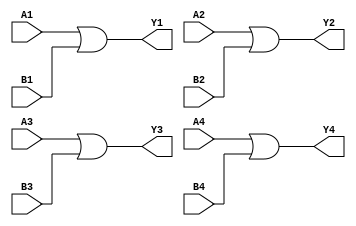
`timescale 1ns / 1ps
//////////////////////////////////////////////////////////////////////////////////
// Company: Xilinx
// 
// Design Name: digital_base_IP
// Module Name: four_2_input_or_gate
// Project Name: 74LS32
// Target Devices: Basys3
// Tool Versions: 
// Description: 
// 
// Dependencies: 
// 
// Revision:
// Revision 0.01 - File Created
// Additional Comments:
// 
//////////////////////////////////////////////////////////////////////////////////


module four_2_input_or_gate #(parameter Delay = 0)(
    input wire A1,B1,A2,B2,A3,B3,A4,B4,
    output wire Y1,Y2,Y3,Y4
    );
    
    or #Delay (Y1,A1,B1);
    or #Delay (Y2,A2,B2);
    or #Delay (Y3,A3,B3);
    or #Delay (Y4,A4,B4);
    
endmodule